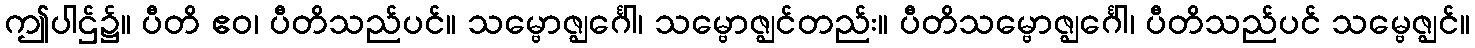
ဤပါဌ်၌။ ပီတိ ဧဝ၊ ပီတိသည်ပင်။ သမ္ဗောဇ္ဈင်္ဂေါ၊ သမ္ဗောဇ္ဈင်တည်း။ ပီတိသမ္ဗောဇ္ဈင်္ဂေါ၊ ပီတိသည်ပင် သမ္ဗေဇ္ဈင်။